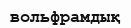
вольфрамдық